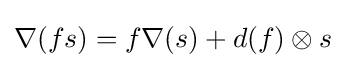
\nabla (fs)=f\nabla (s)+d(f)\otimes s